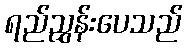
ရည်ညွှန်းပေသည်